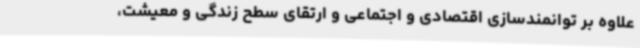
علاوه بر توانمندسازی اقتصادی و اجتماعی و ارتقای سطح زندگی و معیشت،